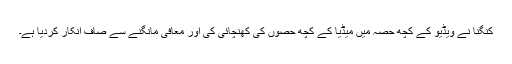
کنگنا نے ویڈیو کے کچھ حصہ میں میڈیا کے کچھ حصوں کی کھنچائی کی اور معافی مانگنے سے صاف انکار کردیا ہے۔